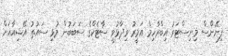
ފިނޭންސް މިނިސްޓަރު އިބްރާހިމް އަމީރު ވިދާޅުވީ ސާޓެކްގެ ސަބަބުން މުޅި ސައުތު އޭޝިއާއަށް